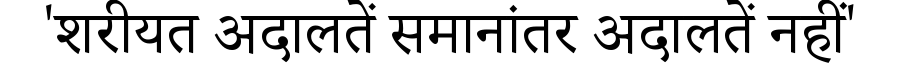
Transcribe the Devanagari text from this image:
'शरीयत अदालतें समानांतर अदालतें नहीं'